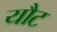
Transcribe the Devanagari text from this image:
यौट